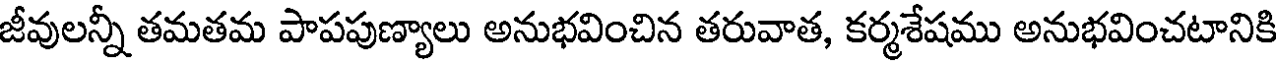
జీవులన్నీ తమతమ పాపపుణ్యాలు అనుభవించిన తరువాత, కర్మశేషము అనుభవించటానికి